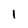
Character: I